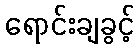
ရောင်းချခွင့်